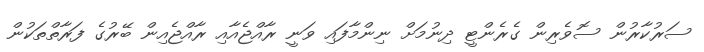
ސަރުކާރުން ސޮވެރިން ގެރެންޓީ ދިނުމަށް ނިންމާފައި ވަނީ ރާއްޖެއާއި ރާއްޖެއިން ބޭރުގެ ފަރާތްތަކުން